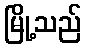
မြို့သည်